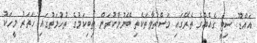
އައްޑޫ ސިޓީ ގެއެއްގެ ތެރޭގައި މަސްތުވާތަކެތި ބޭނުންކުރަން ތިބިކަމުގެ ތުހުމަތުގައި ހަތަރު މީހަކު